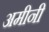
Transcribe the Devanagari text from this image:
अमीनी